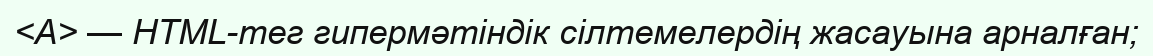
<A> — HTML-тег гипермәтіндік сілтемелердің жасауына арналған;